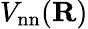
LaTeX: V_{\mathrm{nn}}({\mathbf R})